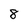
Character: 8